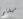
سيفتح